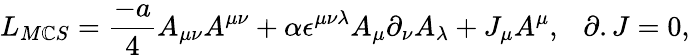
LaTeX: L_{M\mathbb{C}S}={\frac{{-a}}{{4}}}A_{\mu\nu}A^{\mu\nu}+\alpha\epsilon^{\mu\nu\lambda}A_{\mu}\partial_{\nu}A_{\lambda}+J_{\mu}A^{\mu},~~~\partial.J=0,